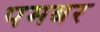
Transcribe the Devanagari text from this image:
पमबर